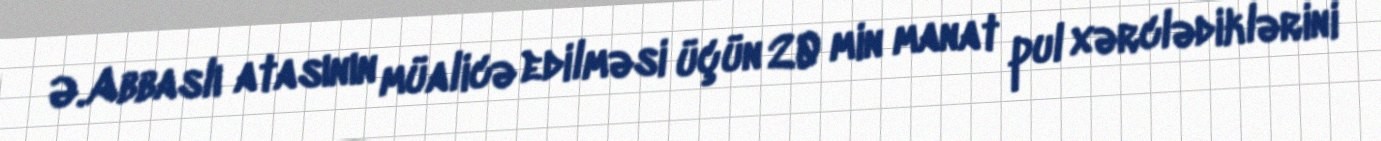
Ə.Abbaslı atasının müalicə edilməsi üçün 20 min manat pul xərclədiklərini